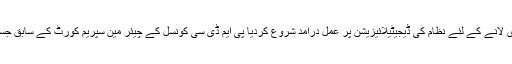
راولپنڈی، پی ایم ڈی سی نے اپنے کام میں بہتر ی لانے کے لئے نظام کی ڈیجیٹیلائیزیشن پر عمل درآمد شروع کردیا پی ایم ڈی سی کونسل کے چیئر مین سپریم کورٹ کے سابق جسٹس میاں شاکر اللہ جان کی صدارت میں اجلاس ۔